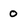
Character: 0